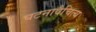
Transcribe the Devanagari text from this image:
घटनावैचित्य